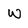
Character: w